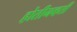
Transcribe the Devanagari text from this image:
होतीनव्हती